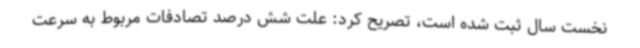
نخست سال ثبت شده است، تصریح کرد: علت شش درصد تصادفات مربوط به سرعت